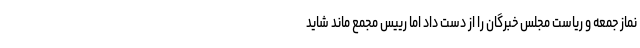
نماز جمعه و ریاست مجلس خبرگان را از دست داد اما رییس مجمع ماند شاید